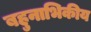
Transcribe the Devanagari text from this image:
बहुनाभिकीय